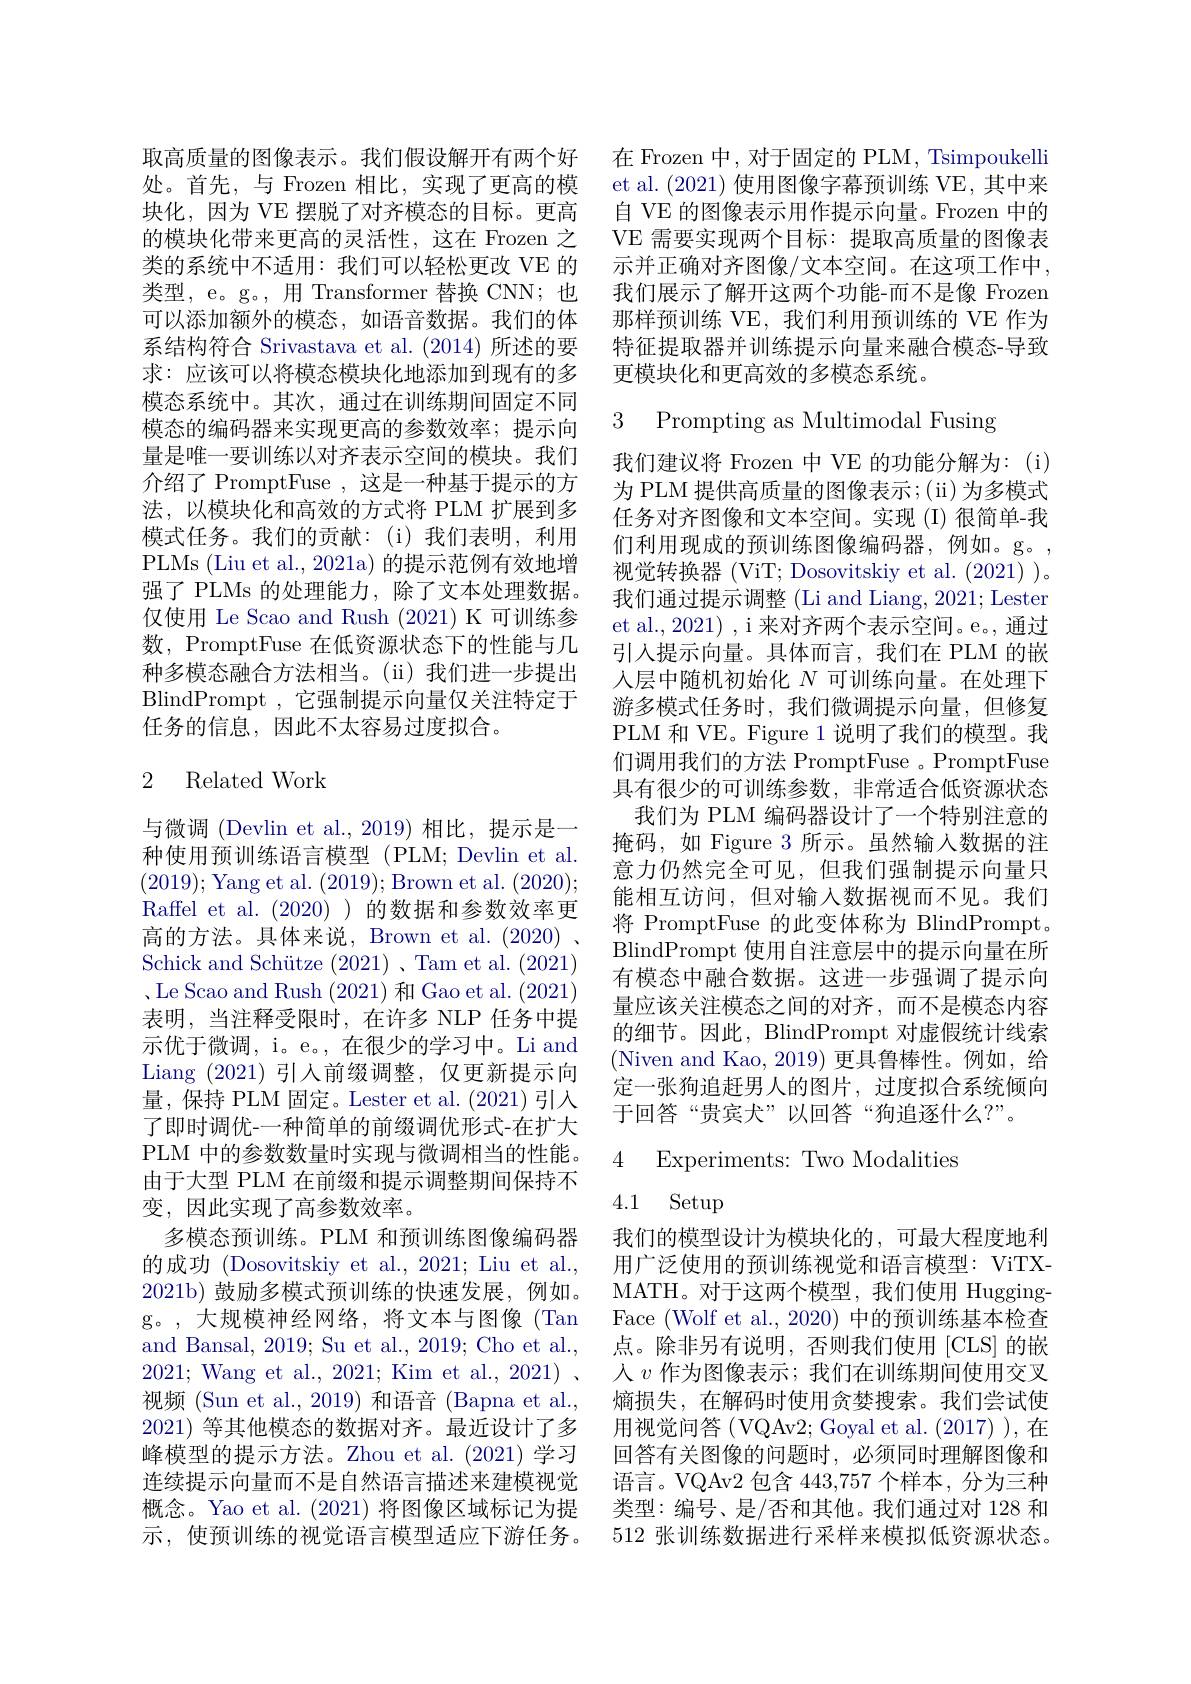
取高质量的图像表示。我们假设解开有两个好处。首先，与 Frozen 相比，实现了更高的模块化，因为 VE 摆脱了对齐模态的目标。更高的模块化带来更高的灵活性，这在 Frozen 之类的系统中不适用：我们可以轻松更改 VE 的类型，e。g。, 用 Transformer 替换 CNN; 也可以添加额外的模态，如语音数据。我们的体系结构符合 Srivastava et al. (2014)所述的要求：应该可以将模态模块化地添加到现有的多模态系统中。其次，通过在训练期间固定不同模态的编码器来实现更高的参数效率；提示向量是唯一要训练以对齐表示空间的模块。我们介绍了 PromptFuse ,这是一种基于提示的方法，以模块化和高效的方式将 PLM 扩展到多模式任务。我们的贡献：(i)我们表明，利用PLMs (Liu et al., 2021a) 的提示范例有效地增强了 PLMs 的处理能力，除了文本处理数据。仅使用 Le Scao and Rush (2021) K 可训练参数，PromptFuse 在低资源状态下的性能与几种多模态融合方法相当。(ii)我们进一步提出BlindPrompt , 它强制提示向量仅关注特定于任务的信息，因此不太容易过度拟合。

## 2 Related Work

与微调 (Devlin et al.,2019)相比，提示是一种使用预训练语言模型(PLM; Devlin et al (2019); Yang et al. (2019);Brown et al. (2020); Raffel et al. (2020) )的数据和参数效率更高的方法。具体来说，Brown et al. (2020) . Schick and Schütze (2021)、Tam et al.(2021) .Le Scao and Rush (2021)和 Gao et al.(2021) 表明，当注释受限时，在许多 NLP 任务中提示优于微调，i。e。, 在很少的学习中。Li and Liang (2021)引入前缀调整，仅更新提示向量，保持 PLM 固定。Lester et al.(2021)引入了即时调优-一种简单的前缀调优形式-在扩大PLM 中的参数数量时实现与微调相当的性能。由于大型 PLM 在前缀和提示调整期间保持不变，因此实现了高参数效率。
多模态预训练。PLM 和预训练图像编码器的成功 (Dosovitskiy et al., 2021; Liu et al., 2021b) 鼓励多模式预训练的快速发展，例如。g。,大规模神经网络，将文本与图像(Tan and Bansal, 2019; Su et al., 2019; Cho et al., 2021; Wang et al., 2021; Kim et al., 2021) , 视频 (Sun et al.,2019) 和语音 (Bapna et al., 2021) 等其他模态的数据对齐。最近设计了多峰模型的提示方法。Zhou et al.(2021) 学习连续提示向量而不是自然语言描述来建模视觉概念。Yao et al.(2021) 将图像区域标记为提示，使预训练的视觉语言模型适应下游任务。

在 Frozen 中，对于固定的 PLM, Tsimpoukelli et al. (2021)使用图像字幕预训练 VE,其中来自 VE 的图像表示用作提示向量。Frozen 中的VE 需要实现两个目标：提取高质量的图像表示并正确对齐图像/文本空间。在这项工作中， 我们展示了解开这两个功能-而不是像 Frozen 那样预训练 VE, 我们利用预训练的 VE 作为特征提取器并训练提示向量来融合模态-导致更模块化和更高效的多模态系统。

3 Prompting as Multimodal Fusing

我们建议将 Frozen 中 VE 的功能分解为：(i) 为 PLM 提供高质量的图像表示；(ii) 为多模式任务对齐图像和文本空间。实现 (I) 很简单-我们利用现成的预训练图像编码器，例如。g。, 视觉转换器 (ViT; Dosovitskiy et al. (2021) )。我们通过提示调整 (Li and Liang, 2021; Lester et al., 2021) , i 来对齐两个表示空间。e。, 通过引入提示向量。具体而言，我们在 PLM 的嵌人层中随机初始化$N$可训练向量。在处理下游多模式任务时，我们微调提示向量，但修复PLM 和 VE。Figure 1 说明了我们的模型。我们调用我们的方法 PromptFuse 。PromptFuse 具有很少的可训练参数，非常适合低资源状态
我们为 PLM 编码器设计了一个特别注意的掩码，如 Figure 3 所示。虽然输入数据的注意力仍然完全可见，但我们强制提示向量只能相互访问，但对输入数据视而不见。我们将 PromptFuse 的此变体称为 BlindPrompt。BlindPrompt 使用自注意层中的提示向量在所有模态中融合数据。这进一步强调了提示向量应该关注模态之间的对齐，而不是模态内容的细节。因此，BlindPrompt 对虚假统计线索(Niven and Kao, 2019) 更具鲁棒性。例如，给定一张狗追赶男人的图片，过度拟合系统倾向于回答“贵宾犬”以回答“狗追逐什么？”。

## 4 Experiments: Two Modalities

# 4.1 Setup

我们的模型设计为模块化的，可最大程度地利用广泛使用的预训练视觉和语言模型：ViTXMATH。对于这两个模型，我们使用 HuggingFace (Wolf et al., 2020) 中的预训练基本检查点。除非另有说明，否则我们使用[CLS]的嵌人$v$作为图像表示；我们在训练期间使用交叉熵损失，在解码时使用贪婪搜索。我们尝试使用视觉问答(VQAv2;Goyal et al.(2017) ),在回答有关图像的问题时，必须同时理解图像和语言。VQAv2 包含 443,757 个样本，分为三种类型：编号、是/否和其他。我们通过对 128 和512 张训练数据进行采样来模拟低资源状态。